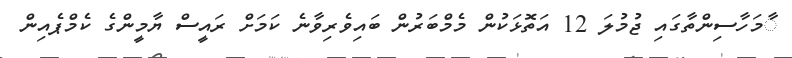
ާމަހާސިންތާގައި ޖުމުލަ 12 އަތޮޅަކުން މެމްބަރުން ބައިވެރިވާނެ ކަމަށް ރައީސް ޔާމީންގެ ކެމްޕެއިން